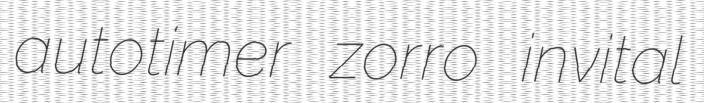
autotimer zorro invital